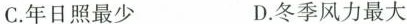
C.年日照最少 D.冬季风力最大